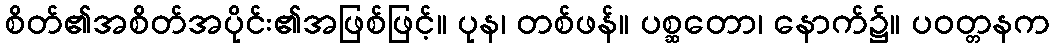
စိတ်၏အစိတ်အပိုင်း၏အဖြစ်ဖြင့်။ ပုန၊ တစ်ဖန်။ ပစ္ဆတော၊ နောက်၌။ ပဝတ္တနက